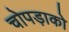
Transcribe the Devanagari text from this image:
चोपड़ाको